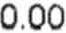
0.00